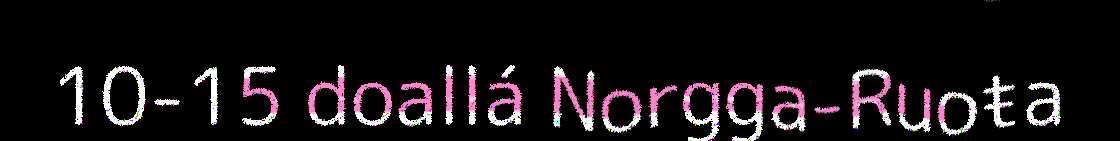
10-15 doallá Norgga-Ruoŧa